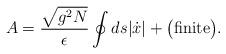
LaTeX: \begin{align*}A = \frac{\sqrt{g^2N}}{\epsilon} \oint ds |\dot x| + \big({\rm finite}\big).\end{align*}